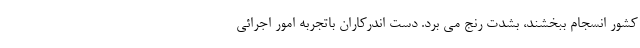
کشور انسجام ببخشند، بشدت رنج می برد. دست اندرکاران باتجربه امور اجرائی